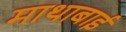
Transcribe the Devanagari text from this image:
माथाबाई